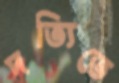
দত্যিতে